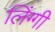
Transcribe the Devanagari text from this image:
लिंग्गी